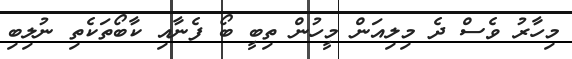
މިހާރު ވެސް ދެ މިލިއަން މީހުން ތިބީ ބޯ ފެނާއި ކާބޯތަކެތި ނުލިބި